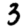
Digit: 3